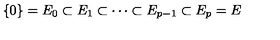
\{ 0 \} = E _ { 0 } \subset E _ { 1 } \subset \cdots \subset E _ { p - 1 } \subset E _ { p } = E